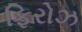
ફિરોઝ